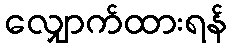
လျှောက်ထားရန်